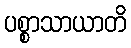
ပစ္စာသာယာတိ